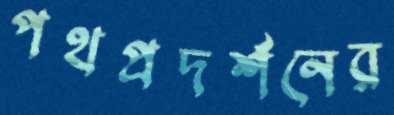
পথপ্রদর্শনের